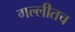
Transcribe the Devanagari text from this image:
गल्लीतच